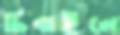
চিবাইলে